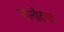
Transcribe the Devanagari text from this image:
गगनौढ़गढ़